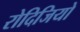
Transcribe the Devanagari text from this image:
रोदिजियो